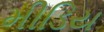
મીડિય